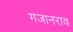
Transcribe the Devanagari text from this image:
गजानराव